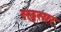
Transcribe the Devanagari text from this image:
स्लुसार